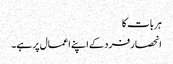
ہر بات کا
انحصار فرد کے اپنے اعمال پر ہے۔